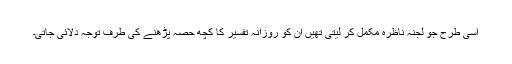
اسی طرح جو لجنہ ناظرہ مکمل کر لیتی تھیں ان کو روزانہ تفسیر کا کچھ حصہ پڑھنے کی طرف توجہ دلائی جاتی۔